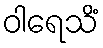
ဝါရေသိံ